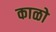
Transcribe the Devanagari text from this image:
काळो